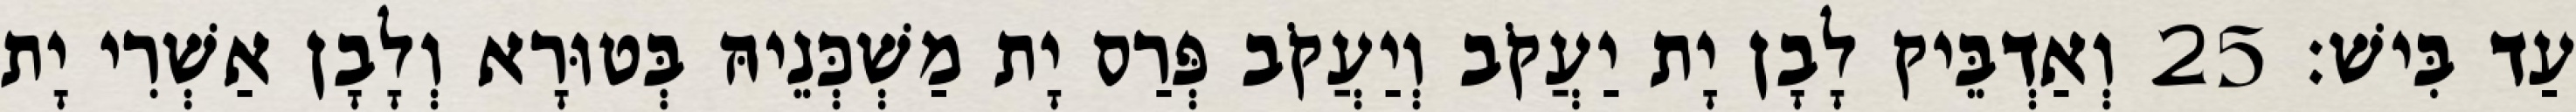
עַד בִּישׁ׃ 25 וְאַדְבֵּיק לָבָן יָת יַעֲקֹב וְיַעֲקֹב פְּרַס יָת מַשְׁכְּנֵיהּ בְּטוּרָא וְלָבָן אַשְׁרִי יָת